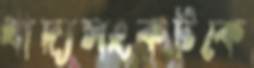
খাদ্যসংকটকে